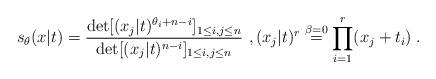
LaTeX: \begin{align*}s_{\theta }(x|t)=\frac{\det [(x_{j}|t)^{\theta _{i}+n-i}]_{1\leq i,j\leq n}}{\det [(x_{j}|t)^{n-i}]_{1\leq i,j\leq n}}~,(x_{j}|t)^{r}\overset{\beta =0}{=}\prod_{i=1}^{r}(x_{j}+t_{i})\;. \end{align*}